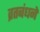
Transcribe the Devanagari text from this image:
व्रतबंधने